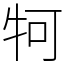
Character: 牱